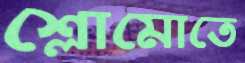
শ্লোমোতে